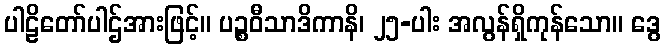
ပါဠိတော်ပါဌ်အားဖြင့်။ ပဉ္စဝီသာဒိကာနိ၊ ၂၅-ပါး အလွန်ရှိကုန်သော။ ဒွေ